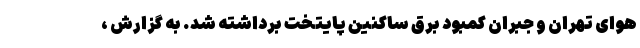
هوای تهران و جبران کمبود برق ساکنین پایتخت برداشته شد. به گزارش ،